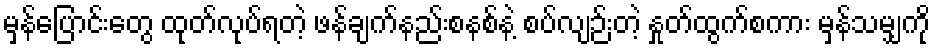
မှန်ပြောင်းတွေ ထုတ်လုပ်ရတဲ့ ဖန်ချက်နည်းစနစ်နဲ့ စပ်လျဉ်းတဲ့ နှုတ်ထွက်စကား မှန်သမျှကို